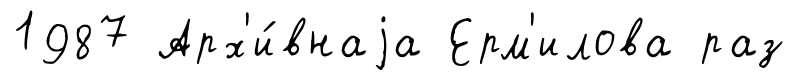
1987 Арх'и́внаjа Ерм'илова раз